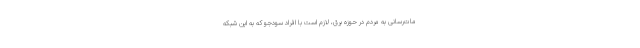
مات‌رسانی به مردم در حوزه برق، لازم است با افراد سودجو که به این شبکه